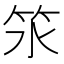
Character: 𥫸